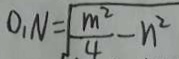
0 _ { 1 } N = \sqrt { \frac { m ^ { 2 } } { 4 } - n ^ { 2 } }